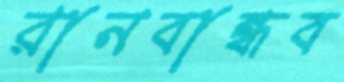
রানবান্ধব